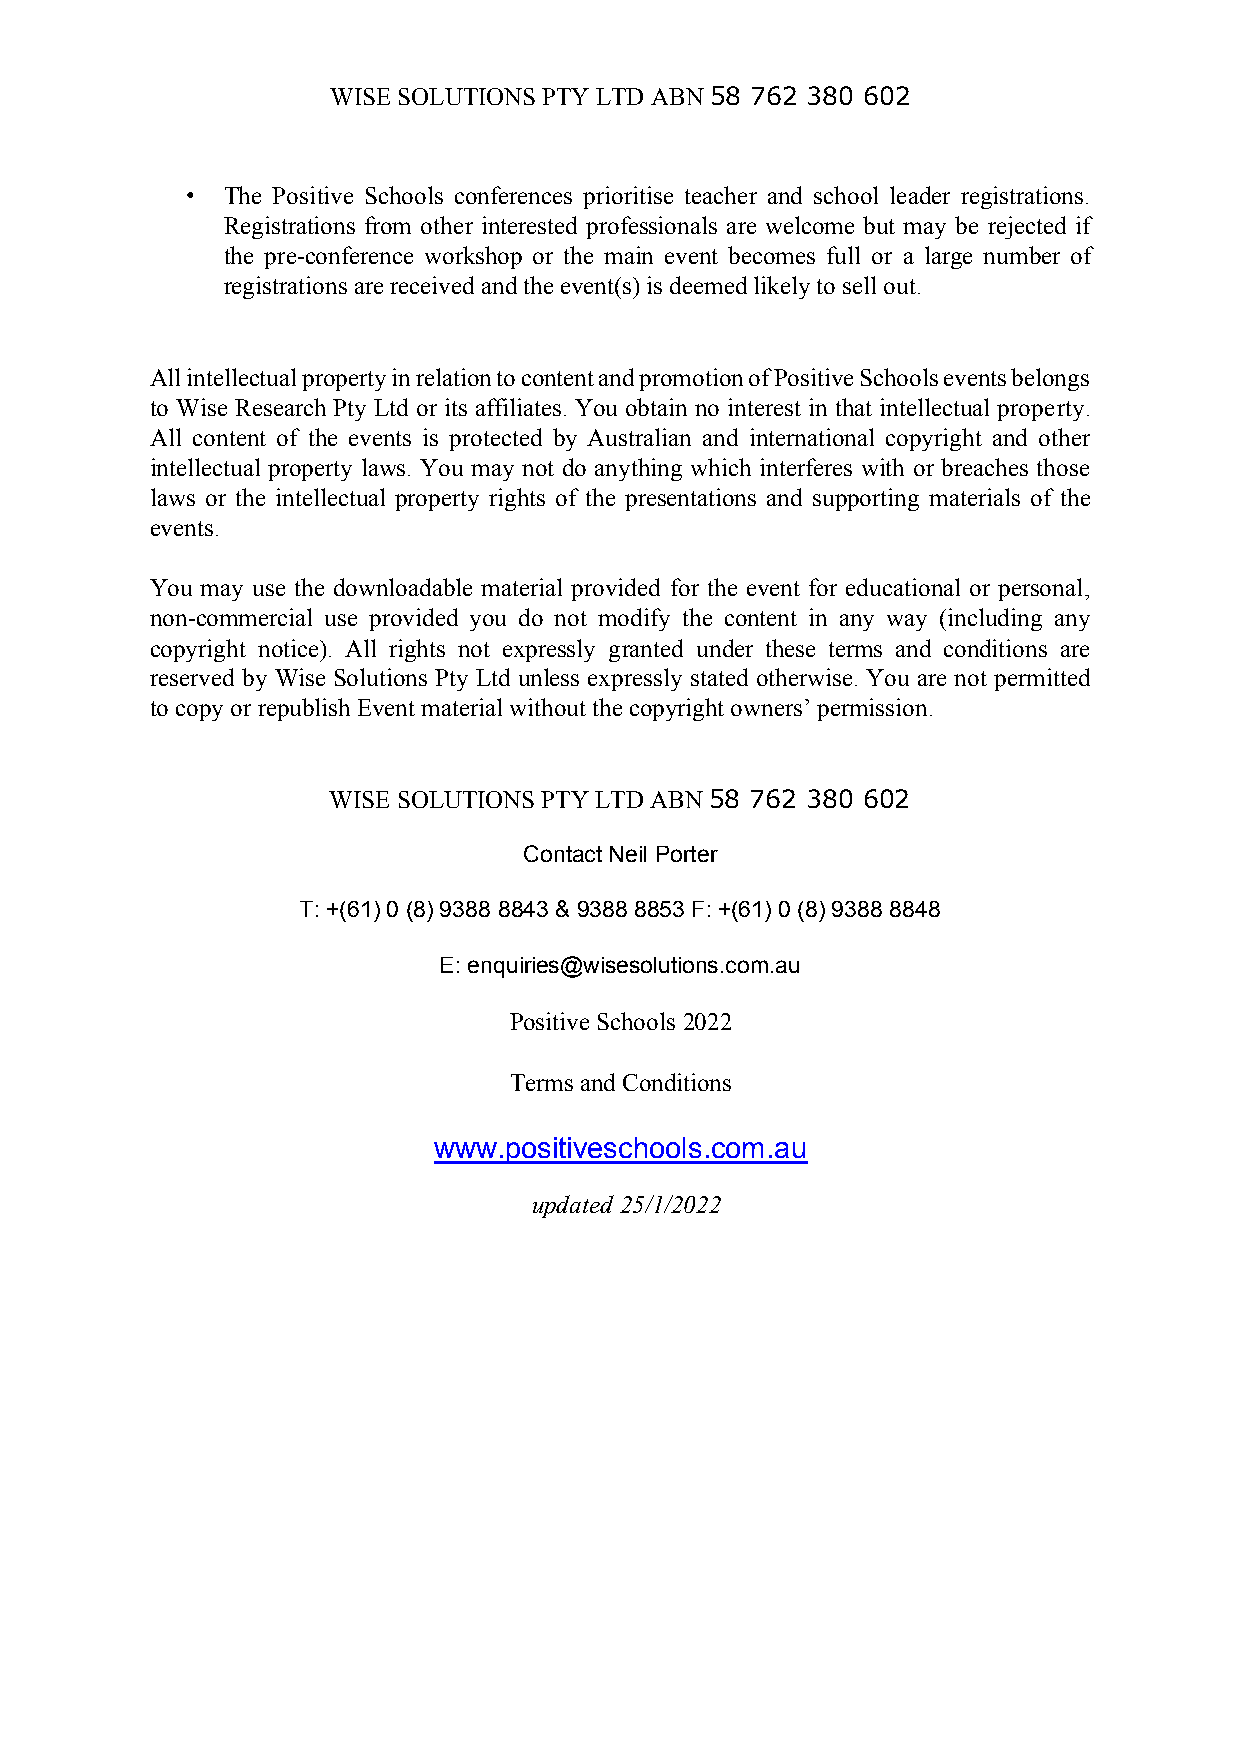
WISE SOLUTIONS PTY LTD ABN 58 762 380 602
 •  The Positive Schools conferences prioritise teacher and school leader registrations.
 Registrations from other interested professionals are welcome but may be rejected if
 the pre-conference workshop or the main event becomes full or a large number of
 registrations are received and the event(s) is deemed likely to sell out.
 All intellectual property in relation to content and promotion of Positive Schools events belongs
 to Wise Research Pty Ltd or its affiliates. You obtain no interest in that intellectual property.
 All content of the events is protected by Australian and international copyright and other
 intellectual property laws. You may not do anything which interferes with or breaches those
 laws or the intellectual property rights of the presentations and supporting materials of the
 events.
 You may use the downloadable material provided for the event for educational or personal,
 non-commercial use provided you do not modify the content in any way (including any
 copyright notice). All rights not expressly granted under these terms and conditions are
 reserved by Wise Solutions Pty Ltd unless expressly stated otherwise. You are not permitted
 to copy or republish Event material without the copyright owners’ permission.
 WISE SOLUTIONS PTY LTD ABN 58 762 380 602
 Contact Neil Porter
 T: +(61) 0 (8) 9388 8843 & 9388 8853 F: +(61) 0 (8) 9388 8848
 E: enquiries@wisesolutions.com.au
 Positive Schools 2022
 Terms and Conditions
 www.positiveschools.com.au
 updated 25/1/2022